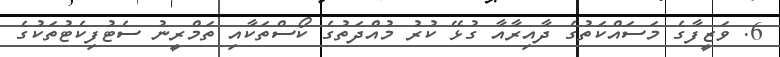
6. ވަޒީފާގެ މަސައްކަތުގެ ދާއިރާއާ ގުޅޭ ކުރު މުއްދަތުގެ ކޯސްތަކާއި ތަމްރީނު ސެޓުފިކެޓުތަކުގެ